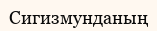
Сигизмунданың